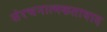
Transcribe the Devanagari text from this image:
संरचनात्मकतावाद